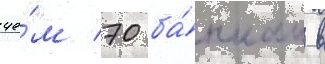
че́м 70 ба́нкам в